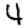
Digit: 4